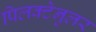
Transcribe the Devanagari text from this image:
पिलक्टेनुलर